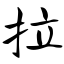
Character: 拉